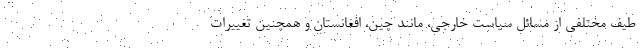
طیف مختلفی از مسائل سیاست خارجی، مانند چین، افغانستان و همچنین تغییرات